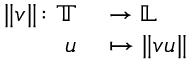
\begin{array} { r l } { \| v \| \colon \mathbb T } & { { } \to \mathbb L } \\ { u } & { { } \mapsto \| v u \| } \end{array}